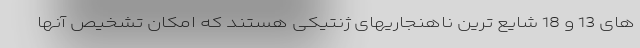
های 13 و 18 شایع ترین ناهنجاریهای ژنتیکی هستند که امکان تشخیص آنها